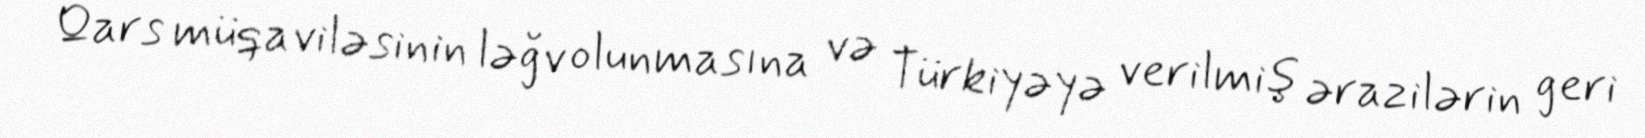
Qars müqaviləsinin ləğv olunmasına və Türkiyəyə verilmiş ərazilərin geri